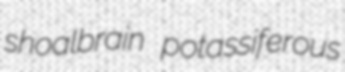
shoalbrain potassiferous